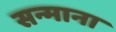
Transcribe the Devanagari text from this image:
सन्माना